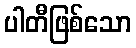
ပါတီဖြစ်သော